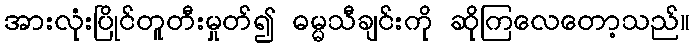
အားလုံးပြိုင်တူတီးမှုတ်၍ ဓမ္မသီချင်းကို ဆိုကြလေတော့သည်။